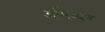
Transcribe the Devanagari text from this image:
अभिव्यव